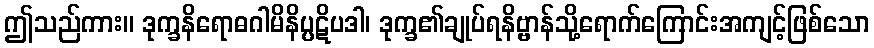
ဤသည်ကား။ ဒုက္ခနိရောဓဂါမိနိပ္ပဋိပဒါ၊ ဒုက္ခ၏ချုပ်ရနိဗ္ဗာန်သို့ရောက်ကြောင်းအကျင့်ဖြစ်သော